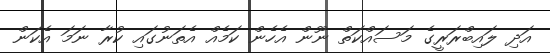
އަދި ލައިބްރަރީގެ މަސައްކަތް ނޫން އެހެން ކަމެއް އެތަނުގައި ކުރާ ނަމަ އެކަން